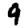
Digit: 9